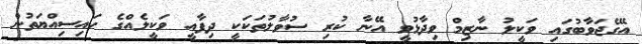
އޭގެޖަވާބުގައި ވަކީލު ނާޒިމް ވިދާޅުވީ އޭނާ ކުރި ސުވާލުތަކަކީ ދިފާއީ ވަކީލެއްގެ ހައިސިއްޔަތުން